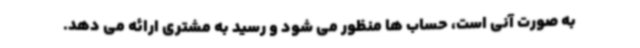
به صورت آنی است، حساب ها منظور می شود و رسید به مشتری ارائه می دهد.